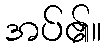
အပ်၏။